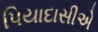
પિયાદાસીએ